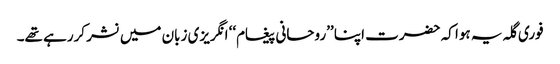
فوری گلہ یہ ہوا کہ حضرت اپنا ’’روحانی پیغام‘‘ انگریزی زبان میں نشر کررہے تھے۔